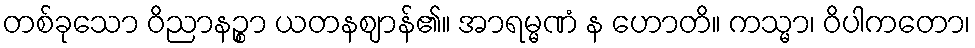
တစ်ခုသော ဝိညာနဉ္စာ ယတနဈာန်၏။ အာရမ္မဏံ န ဟောတိ။ ကသ္မာ၊ ဝိပါကတော၊